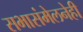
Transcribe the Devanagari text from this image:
सभासंमेलनेही